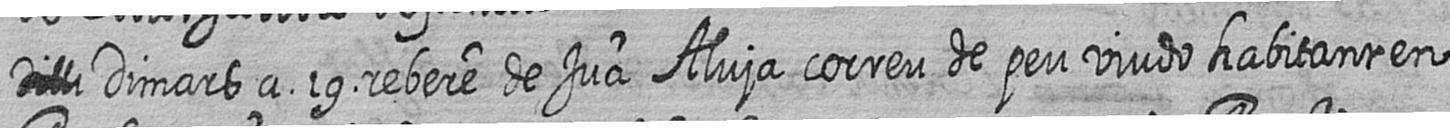
# Dimars a 19 rebere de Jua Aluja correu de peu viudo habitant en